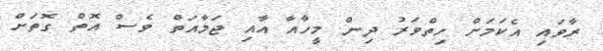
ރާވައި އެކަމަށް ހިތްވަރު ދިން މީހާއާ އާއި ޖަމާއަތް ވެސް އޮތް ގޮތަށް